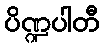
ပိဏ္ဍပါတီ